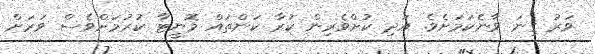
ވަރު ގިނަ ވާނެކަމަށެވެ. އަދި ކުށްވެރިން ކުރާ ކަންތައް މޮނީޓާ ކުރުމަށްވެސް ވަރަށް